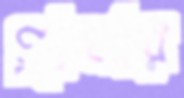
গ্রামার